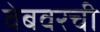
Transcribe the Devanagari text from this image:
वेबवरची